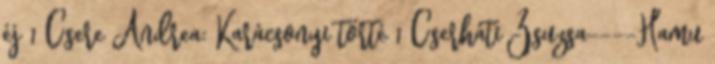
éj 1 Csere Andrea: Karácsonyi törté 1 Cserháti Zsuzsa----Hamu